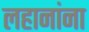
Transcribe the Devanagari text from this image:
लहानांना